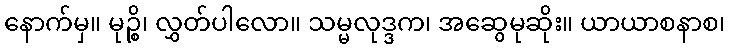
နောက်မှ။ မုဉ္စိ၊ လွှတ်ပါလော။ သမ္မလုဒ္ဒက၊ အဆွေမုဆိုး။ ယာယာစနာစ၊